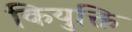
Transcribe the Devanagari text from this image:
कियुक्ति